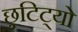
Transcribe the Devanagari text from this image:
छुटिट्यो